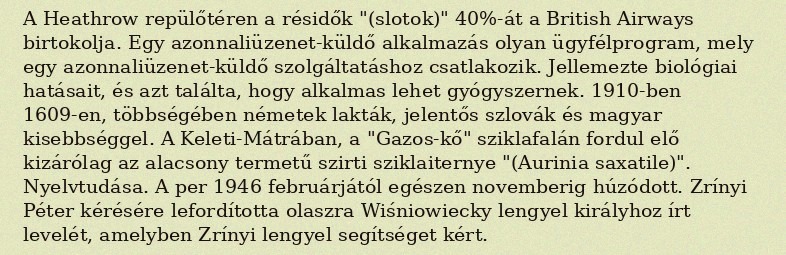
A Heathrow repülőtéren a résidők "(slotok)" 40%-át a British Airways birtokolja. Egy azonnaliüzenet-küldő alkalmazás olyan ügyfélprogram, mely egy azonnaliüzenet-küldő szolgáltatáshoz csatlakozik. Jellemezte biológiai hatásait, és azt találta, hogy alkalmas lehet gyógyszernek. 1910-ben 1609-en, többségében németek lakták, jelentős szlovák és magyar kisebbséggel. A Keleti-Mátrában, a "Gazos-kő" sziklafalán fordul elő kizárólag az alacsony termetű szirti sziklaiternye "(Aurinia saxatile)". Nyelvtudása. A per 1946 februárjától egészen novemberig húzódott. Zrínyi Péter kérésére lefordította olaszra Wiśniowiecky lengyel királyhoz írt levelét, amelyben Zrínyi lengyel segítséget kért.